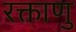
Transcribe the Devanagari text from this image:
रक्ताणु